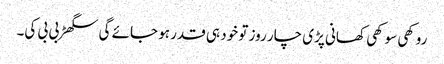
روکھی سوکھی کھانی پڑی چار روز تو خود ہی قدر ہو جائے گی سگھڑ بی بی کی۔